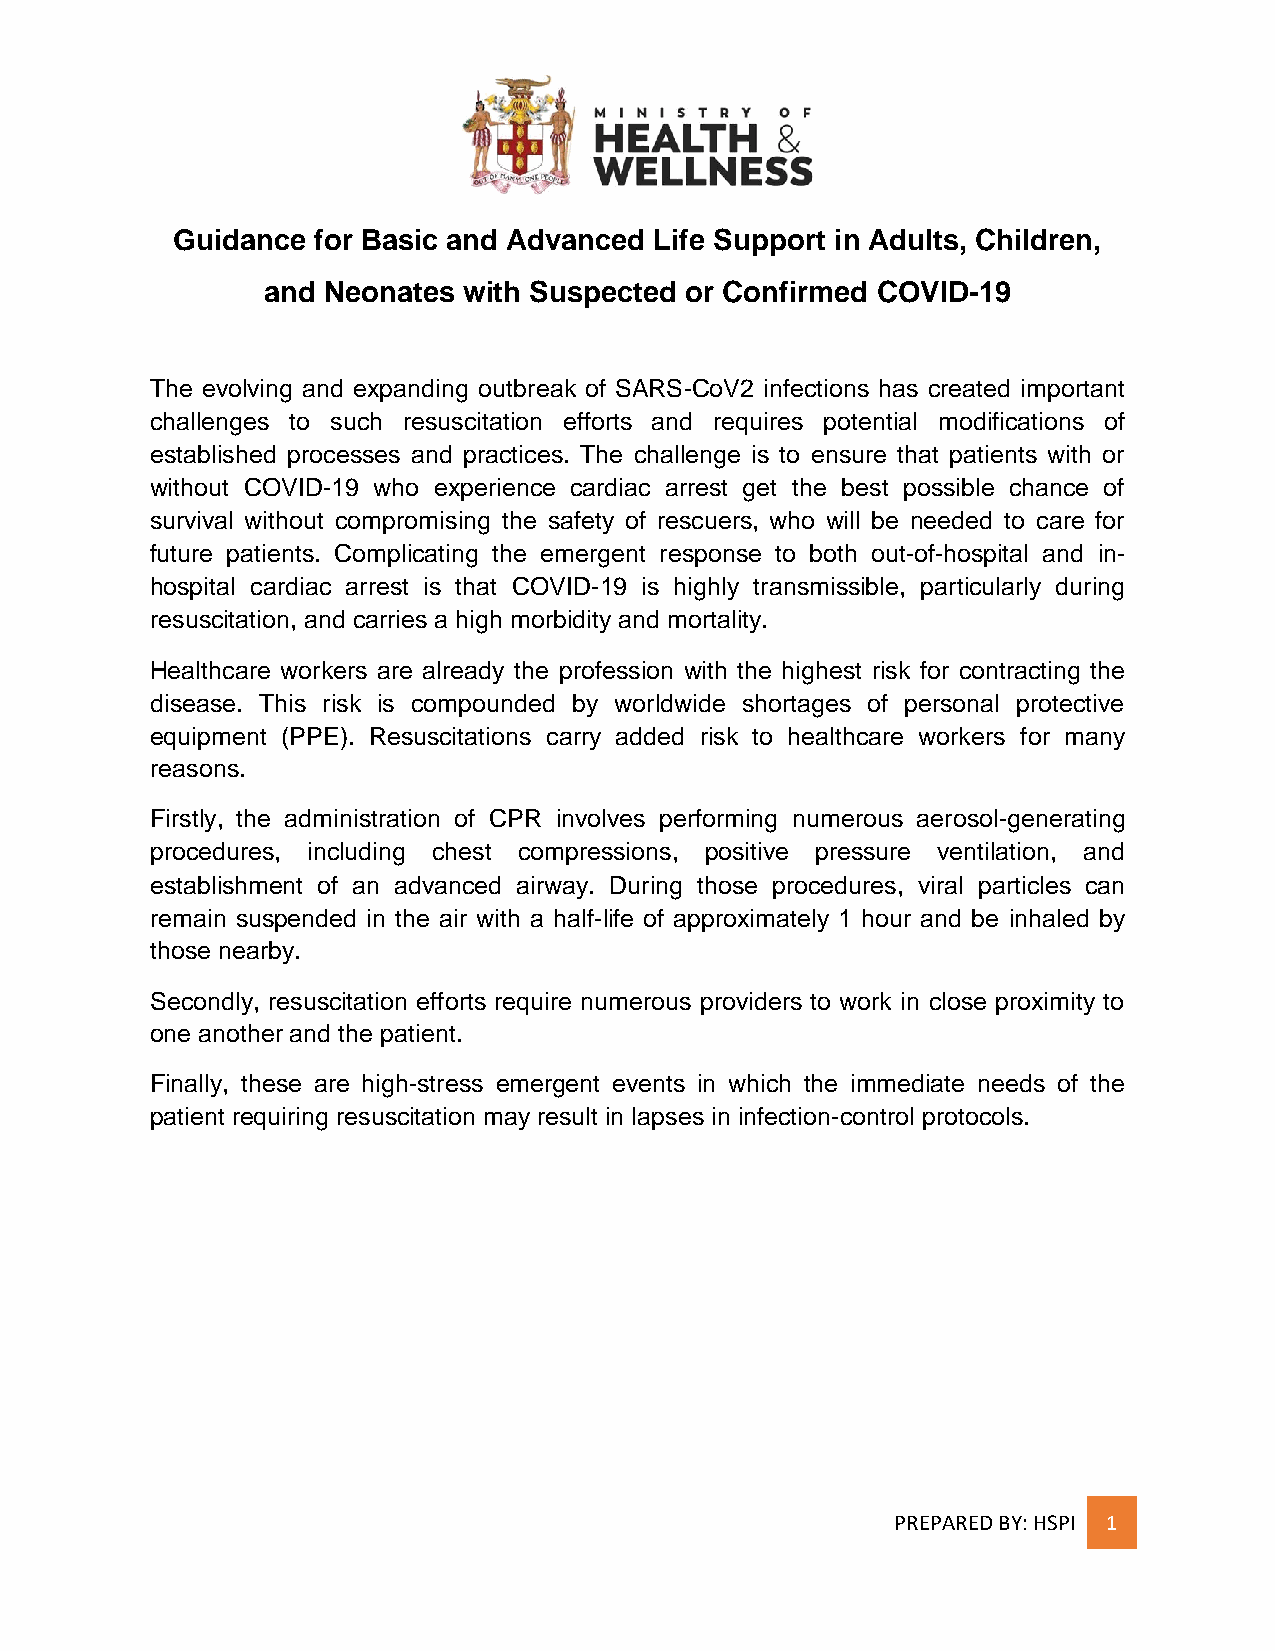
Guidance  for Basic and Advanced Life Support in Adults, Children,
 and Neonates  with Suspected or Confirmed COVID-19
 The evolving and expanding outbreak of SARS-CoV2 infections has created important
 challenges to such resuscitation efforts and requires potential modifications of
 established processes and practices. The challenge is to ensure that patients with or
 without COVID-19 who experience cardiac arrest get the best possible chance of
 survival without compromising the safety of rescuers, who will be needed to care for
 future patients. Complicating the emergent response to both out-of-hospital and in-
 hospital cardiac arrest is that COVID-19 is highly transmissible, particularly during
 resuscitation, and carries a high morbidity and mortality.
 Healthcare workers are already the profession with the highest risk for contracting the
 disease. This risk is compounded by worldwide shortages of personal protective
 equipment (PPE). Resuscitations carry added risk to healthcare workers for many
 reasons.
 Firstly, the administration of CPR involves performing numerous aerosol-generating
 procedures, including chest compressions, positive pressure ventilation, and
 establishment of an advanced airway. During those procedures, viral particles can
 remain suspended in the air with a half-life of approximately 1 hour and be inhaled by
 those nearby.
 Secondly, resuscitation efforts require numerous providers to work in close proximity to
 one another and the patient.
 Finally, these are high-stress emergent events in which the immediate needs of the
 patient requiring resuscitation may result in lapses in infection-control protocols.
 PREPARED BY: HSPI 1